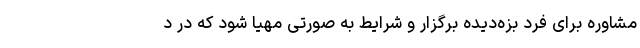
مشاوره برای فرد بزه‌دیده برگزار و شرایط به صورتی مهیا شود که در د